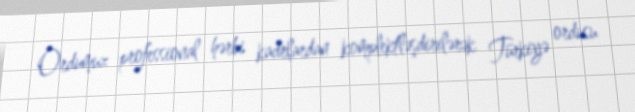
Ordumuz professional hərbi kadrlardan komplektləşdirilərək Türkiyə ordusu